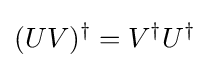
(UV)^{\dagger }=V^{\dagger }U^{\dagger }